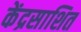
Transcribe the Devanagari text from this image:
केंद्रसाशित